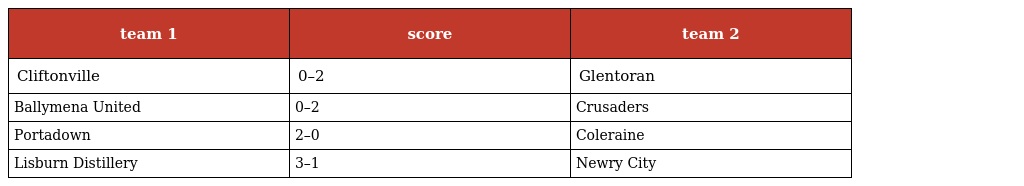
| team 1 | score | team 2 |
 | --- | --- | --- |
 | Cliftonville | 0–2 | Glentoran |
 | Ballymena United | 0–2 | Crusaders |
 | Portadown | 2–0 | Coleraine |
 | Lisburn Distillery | 3–1 | Newry City |